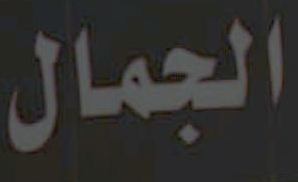
الجمال